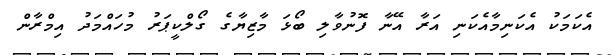
އެކަމަކު އެކަނިމާއެކަނި އަރާ އޭނާ ފޮނުވާލި ބޯޅަ މާޒިޔާގެ ގޯލްކީޕަރު މުހައްމަދު އިމްރާން